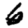
Digit: 6